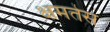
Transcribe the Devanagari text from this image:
क्षमतेस